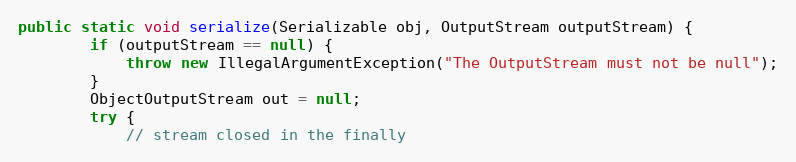
Language: Java
public static void serialize(Serializable obj, OutputStream outputStream) {
        if (outputStream == null) {
            throw new IllegalArgumentException("The OutputStream must not be null");
        }
        ObjectOutputStream out = null;
        try {
            // stream closed in the finally